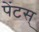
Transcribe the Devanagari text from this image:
पेंटस्